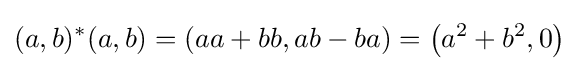
(a,b)^{*}(a,b)=(aa+bb,ab-ba)=\left(a^{2}+b^{2},0\right)